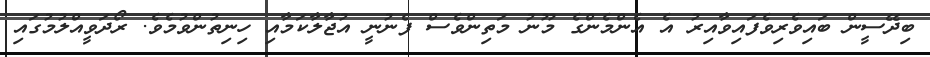
ބިދޭސީން ބައިވެރިވެފައިވާއިރު އެ އެންމެންގެ މޫނު މަތިންވެސް ފެނުނީ އުޖާލާކަމާއި ހިނިތުންވުމެވެ. ރޯދަވީއްލުމުގައި